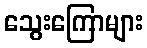
သွေးကြောများ